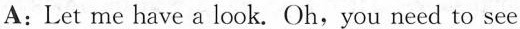
A：Let me have a look.Oh，you need to see